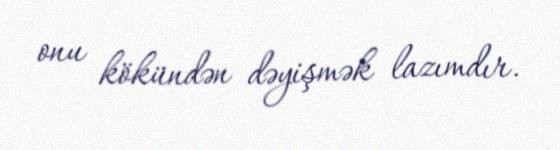
onu kökündən dəyişmək lazımdır.